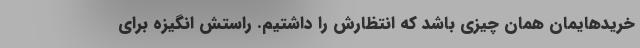
خریدهایمان همان چیزی باشد که انتظارش را داشتیم. راستش انگیزه برای